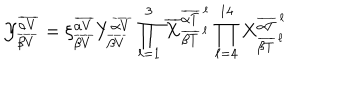
{ \cal Y } _ { \overline { { { \beta V } } } } ^ { \overline { { { \alpha V } } } } = \xi _ { \overline { { { \beta V } } } } ^ { \overline { { { \alpha V } } } } Y _ { \overline { { { \beta V } } } } ^ { \overline { { { \alpha V } } } } \prod _ { \ell = 1 } ^ { 3 } { \overline { { X } } } _ { { \overline { { { \beta T } } } } ^ { \, \ell } } ^ { { \overline { { { \alpha T } } } } ^ { \, \ell } } \prod _ { \ell = 4 } ^ { 1 4 } X _ { { \overline { { { \beta T } } } } ^ { { \, \ell } } } ^ { { \overline { { { \alpha T } } } } ^ { { \, \ell } } }